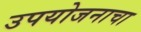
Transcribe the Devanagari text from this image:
उपयोजनाचा